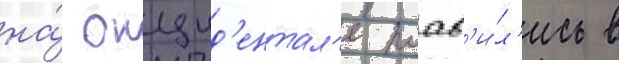
на́ окцид'ентал'е поав'и́л'ись в